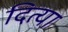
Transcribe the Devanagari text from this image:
दित्या